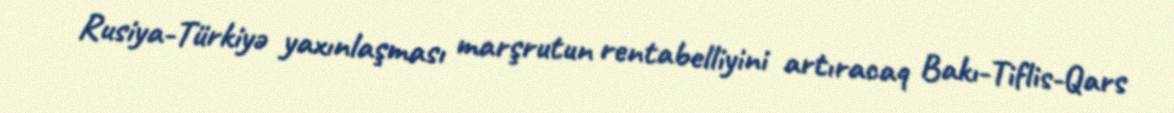
Rusiya-Türkiyə yaxınlaşması marşrutun rentabelliyini artıracaq Bakı-Tiflis-Qars